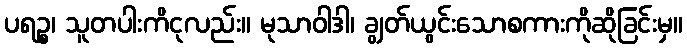
ပရဉ္စ၊ သူတပါးကိငုလည်း။ မုသာဝါဒါ၊ ချွတ်ယွင်းသောစကားကိုဆိုခြင်းမှ။